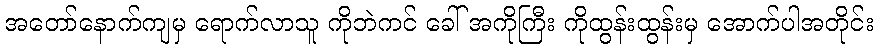
အတော်နောက်ကျမှ ရောက်လာသူ ကိုဘဲကင် ခေါ် အကိုကြီး ကိုထွန်းထွန်းမှ အောက်ပါအတိုင်း